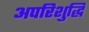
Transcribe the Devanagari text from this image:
अपरिशुद्धि